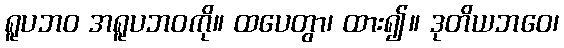
ရူပဘဝ အရူပဘဝကို။ ထပေတွာ၊ ထား၍။ ဒုတိယဘဝေ၊